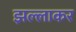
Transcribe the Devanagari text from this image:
झल्लाकर